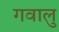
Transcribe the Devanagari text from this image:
गवालु